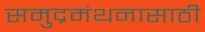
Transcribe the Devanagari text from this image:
समुद्रमंथनासाठी